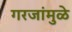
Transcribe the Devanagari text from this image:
गरजांमुळे